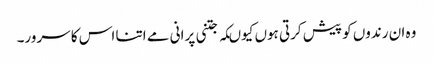
وہ ان رندوں کو پیش کرتی ہوں کیوںکہ جتنی پرانی مے اتنا اس کا سرور۔